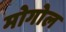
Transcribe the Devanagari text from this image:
मोगोल